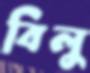
বিলু